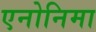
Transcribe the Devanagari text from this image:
एनोनिमा